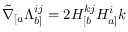
\tilde { \nabla } _ { [ a } \Lambda _ { b ] } ^ { i j } = 2 H _ { [ b } ^ { k j } H _ { a ] } ^ { i } { k }